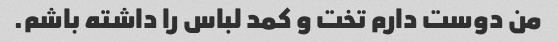
من دوست دارم تخت و کمد لباس را داشته باشم.